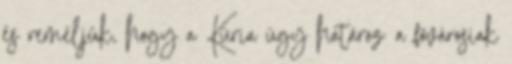
és reméljük, hogy a Kúria úgy határoz: a fővárosiak